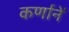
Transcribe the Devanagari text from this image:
कर्णानें